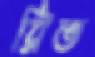
রিভ